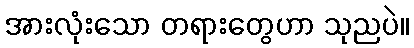
အားလုံးသော တရားတွေဟာ သုညပဲ။